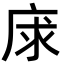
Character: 𢈝